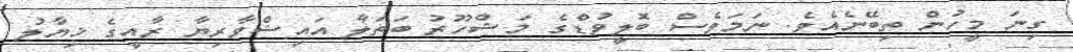
ގިނަ މީހުން ތިބޭނެއެވެ. ނަމަވެސް ބޮލީވުޑްގެ މަޝްހޫރު ބަތަލާ އައިޝްވާރިޔާ ރާއީގެ ޚިޔާލު